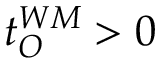
t _ { O } ^ { W M } > 0